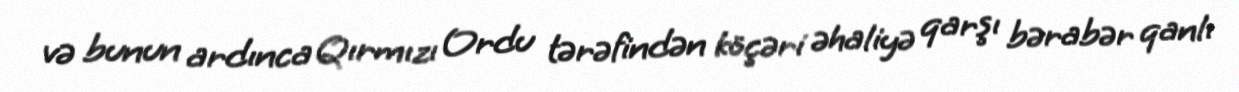
və bunun ardınca Qırmızı Ordu tərəfindən köçəri əhaliyə qarşı bərabər qanlı